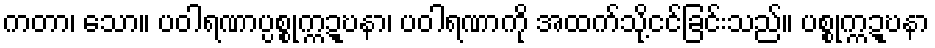
ကတာ၊ သော။ ပဝါရဏာပ္ပစ္စုက္ကဍ္ဎနာ၊ ပဝါရဏာကို အထက်သို့ငင်ခြင်းသည်။ ပစ္စုက္ကဍ္ဎနာ